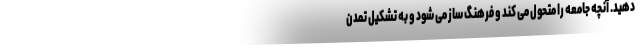
دهید. آنچه جامعه را متحول می کند و فرهنگ ساز می شود و به تشکیل تمدن